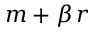
m + \beta \, r